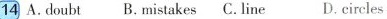
14 A. doubt B. mistakes C. line D. circles